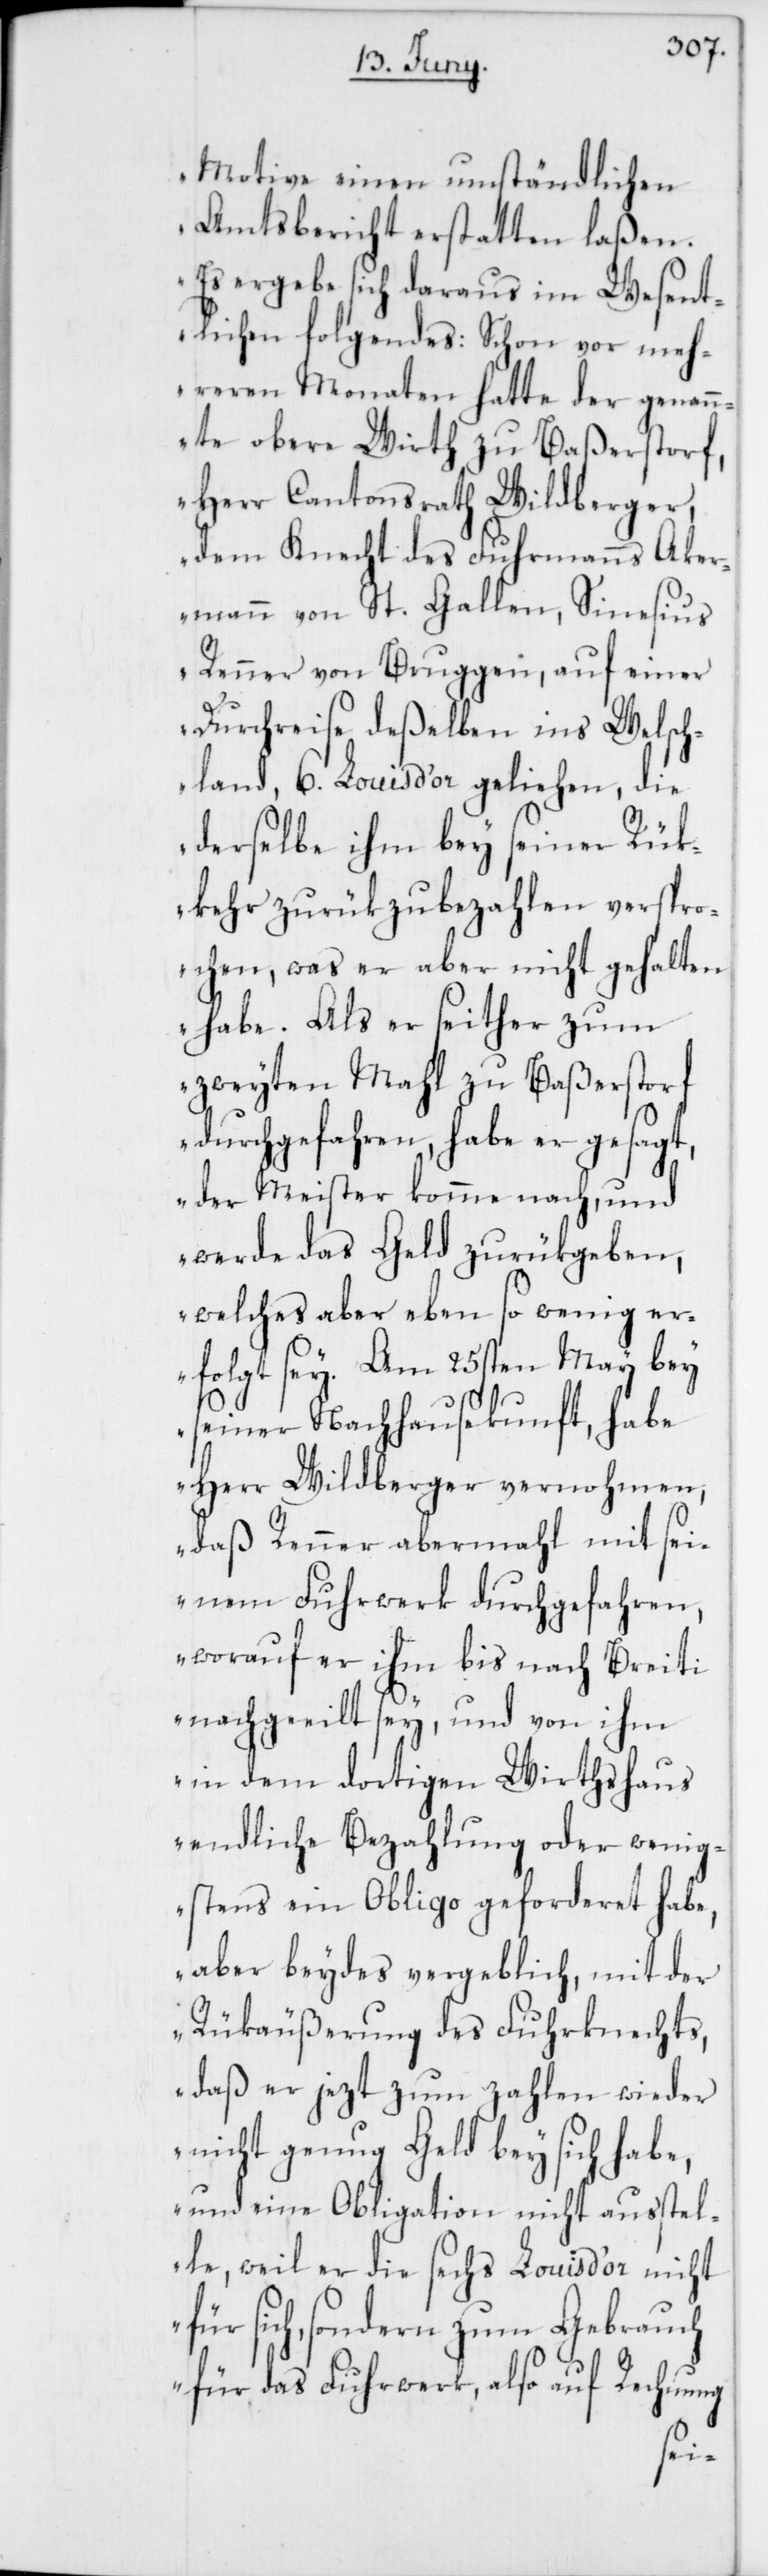
Motive einen umständlichen
Amtsbericht erstatten laßen.
Es ergebe sich daraus im Wesent¬
lichen folgendes: Schon vor meh¬
reren Monaten hatte der genann¬
te obere Wirth zu Baßerstorf,
Herr Cantonsrath Wildberger,
dem Knecht des Fuhrmanns Ake¬
rmann von St. Gallen, Sinesius
Renner von Bruggen, auf einer
Durchreise deßelben ins Welsch¬
land, 6. Louis d’or geliehen, die
derselbe ihm bey seiner Rük¬
kehr zurükzubezahlen verspro¬
chen, was er aber nicht gehalten
habe. Als er seither zum
zweyten Mahl zu Baßerstorf
durchgefahren, habe er gesagt,
der Meister komme nach, und
werde das Geld zurükgeben,
welches aber eben so wenig er¬
folgt sey. Am 25sten May bey
seiner Nachhausekunft, habe
Herr Wildberger vernohmen,
daß Renner abermahl mit sei¬
nem Fuhrwerk durchgefahren,
worauf er ihm bis nach Breiti
nachgeeilt sey, und von ihm
in dem dortigen Wirthshaus
endliche Bezahlung oder wenig¬
stens ein Obligo geforderet habe,
aber beydes vergeblich, mit der
Rükäußerung des Fuhrknechts,
daß er jezt zum Zahlen wieder
nicht genug Geld bey sich habe,
und eine Obligation nicht ausstel¬
le, weil er die sechs Louis d’or nicht
sich, sondern zum Gebrauch
für das Fuhrwerk, also auf Rechnung